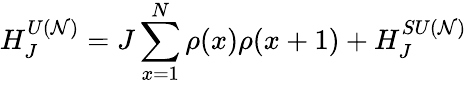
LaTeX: H_{J}^{U({\cal N})}=J\sum_{x=1}^{N}\rho(x)\rho(x+1)+H_{J}^{SU({\cal N})}